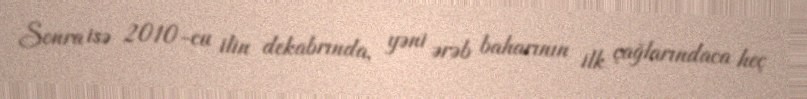
Sonra isə 2010-cu ilin dekabrında, yəni ərəb baharının ilk çağlarındaca heç